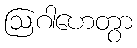
ဩဂါဟေတွာ